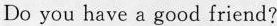
Do you have a good friend?